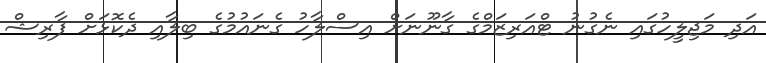
އަަދި މަޖިލީހުގައި ނެގުނު ޓްއަރިޒަމްގެ ގާނޫނަށް އިސްލާހު ގެނައުމުގެ ބިލާއި ދެކޮޅަށް ފާރިޝް